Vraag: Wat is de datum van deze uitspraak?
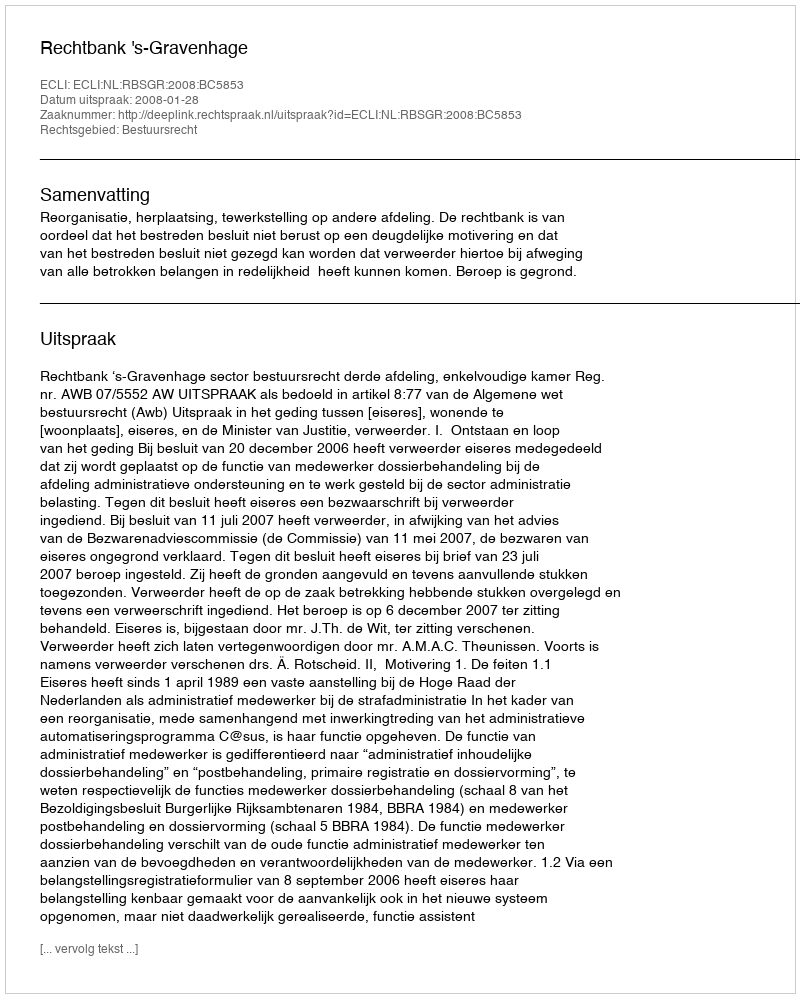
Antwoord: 2008-01-28